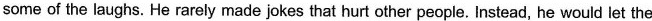
some of the laughs. He rarely made jokes that hurt other people. Instead, he would let the